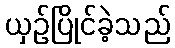
ယှဉ်ပြိုင်ခဲ့သည်